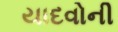
યાદવોની